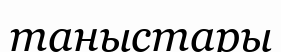
таныстары